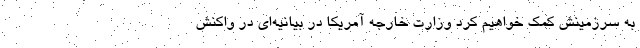
به سرزمینش کمک خواهیم کرد وزارت خارجه آمریکا در بیانیه‌ای در واکنش